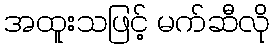
အထူးသဖြင့် မက်ဆီလို